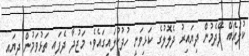
ކުލައެއް ފޭދެމުން ދިޔައިރު ދެލޮލުގެ ކަޅިވަނީ ހުދުކުލައިގައެވެ. މަޖުދާ ދެފައި ތަޅުވަމުން ދިޔައީ